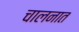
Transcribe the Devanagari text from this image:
चालनात